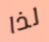
لذا